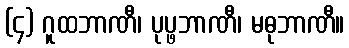
(၄) ဂူထဘာဏီ၊ ပုပ္ဖဘာဏီ၊ မဓုဘာဏီ။